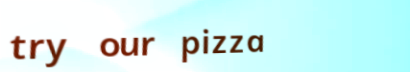
try our pizza